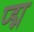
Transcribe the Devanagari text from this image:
प्द्म